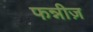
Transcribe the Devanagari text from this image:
फन्नीज़